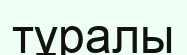
тұралы